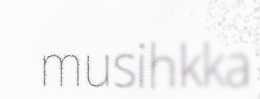
musihkka